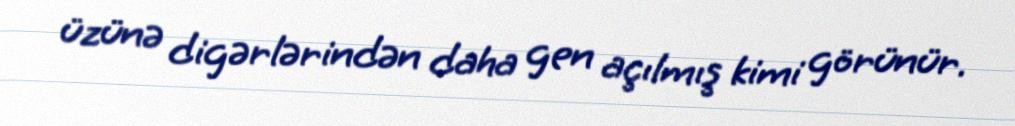
üzünə digərlərindən daha gen açılmış kimi görünür.